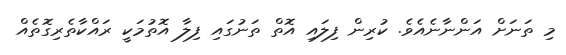
މި ތަނަށް އަންނާނެއެވެ. ކުރިން ފިލައި އޮތް ތަނުގައި ފިލާ އޮތުމަކީ ރައްކާތެރިގޮތެއް